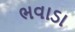
ભવાડા